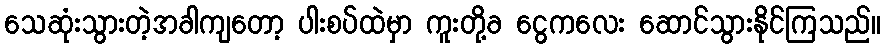
သေဆုံးသွားတဲ့အခါကျတော့ ပါးစပ်ထဲမှာ ကူးတို့ခ ငွေကလေး ဆောင်သွားနိုင်ကြသည်။